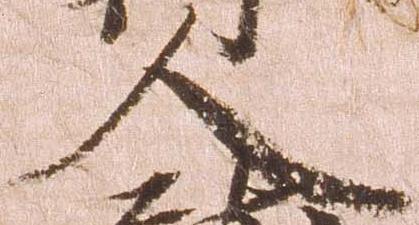
人